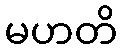
မဟတိ